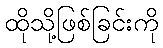
ထိုသို့ဖြစ်ခြင်းကို